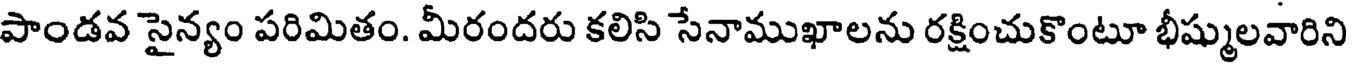
పాండవ సైన్యం పరిమితం. మీరందరు కలిసి సేనాముఖాలను రక్షించుకొంటూ భీష్ములవారిని